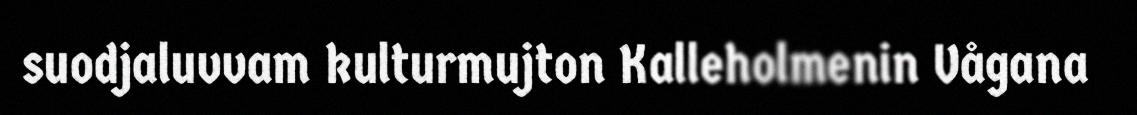
suodjaluvvam kulturmujton Kalleholmenin Vågana